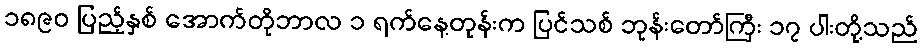
၁၈၉၀ ပြည့်နှစ် အောက်တိုဘာလ ၁ ရက်နေ့တုန်းက ပြင်သစ် ဘုန်းတော်ကြီး ၁၇ ပါးတို့သည်